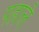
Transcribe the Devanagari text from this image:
पहाले